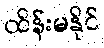
ထိန်းမနိုင်